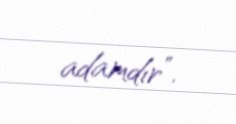
adamdır”.